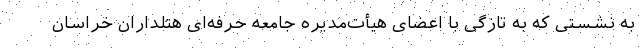
به نشستی که به تازگی با اعضای هیأت‌مدیره جامعه حرفه‌ای هتلداران خراسان